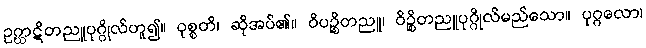
ဥဂ္ဃာဋိတညူပုဂ္ဂိုလ်ဟူ၍။ ဝုစ္စတိ၊ ဆိုအပ်၏။ ဝိပဉ္စိတညူ၊ ဝိဉ္စိတညူပုဂ္ဂိုလ်မည်သော။ ပုဂ္ဂလော၊